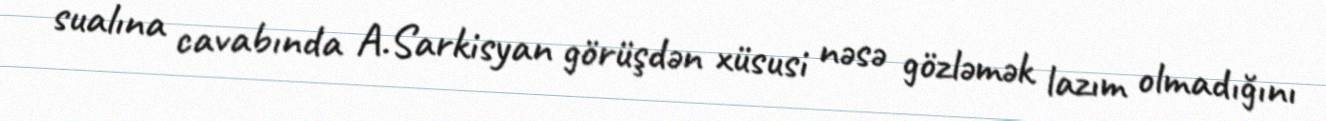
sualına cavabında A.Sarkisyan görüşdən xüsusi nəsə gözləmək lazım olmadığını